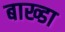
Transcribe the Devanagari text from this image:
बाख्डा